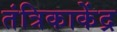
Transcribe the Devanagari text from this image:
तंत्रिकाकेंद्र